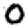
Digit: 0